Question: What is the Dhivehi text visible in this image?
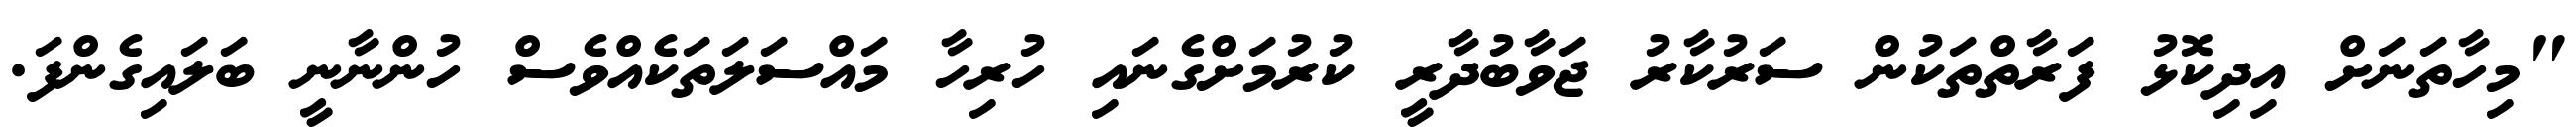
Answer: "މިހާތަނަށް އިދިކޮޅު ފަރާތްތަކުން ސަރުކާރު ޖަވާބުދާރީ ކުރުމަށްގެނައި ހުރިހާ މައްސަލަތަކެއްވެސް ހުންނާނީ ބަލައިގެންފަ.